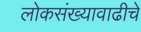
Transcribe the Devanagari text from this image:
लोकसंख्यावाढीचे